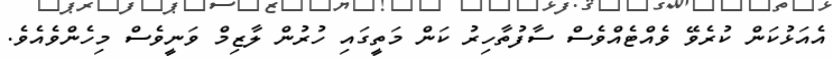
އެއަޅުކަން ކުރެވޭ ވެއްޓެއްވެސް ސާފުތާހިރު ކަން މަތީގައި ހުރުން ލާޒިމް ވަނީވެސް މިހެންވެއެވެ.